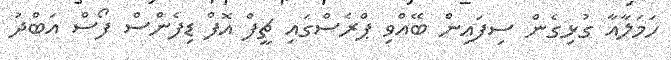
ހަމަލާއާ ގުޅިގެން ސިފައިން ބޭއްވި ޕްރެސްގައި ޗީފް އޮފް ޑިފެންސް ފޯސް އަބްދު